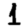
Digit: 1